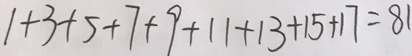
1 + 3 + 5 + 7 + 9 + 1 1 + 1 3 + 1 5 + 1 7 = 8 1